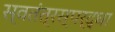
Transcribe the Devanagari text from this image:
स्वतंत्रस्पर्द्धा